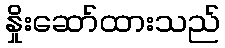
နှိုးဆော်ထားသည်